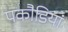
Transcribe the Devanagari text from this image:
पकौडियां